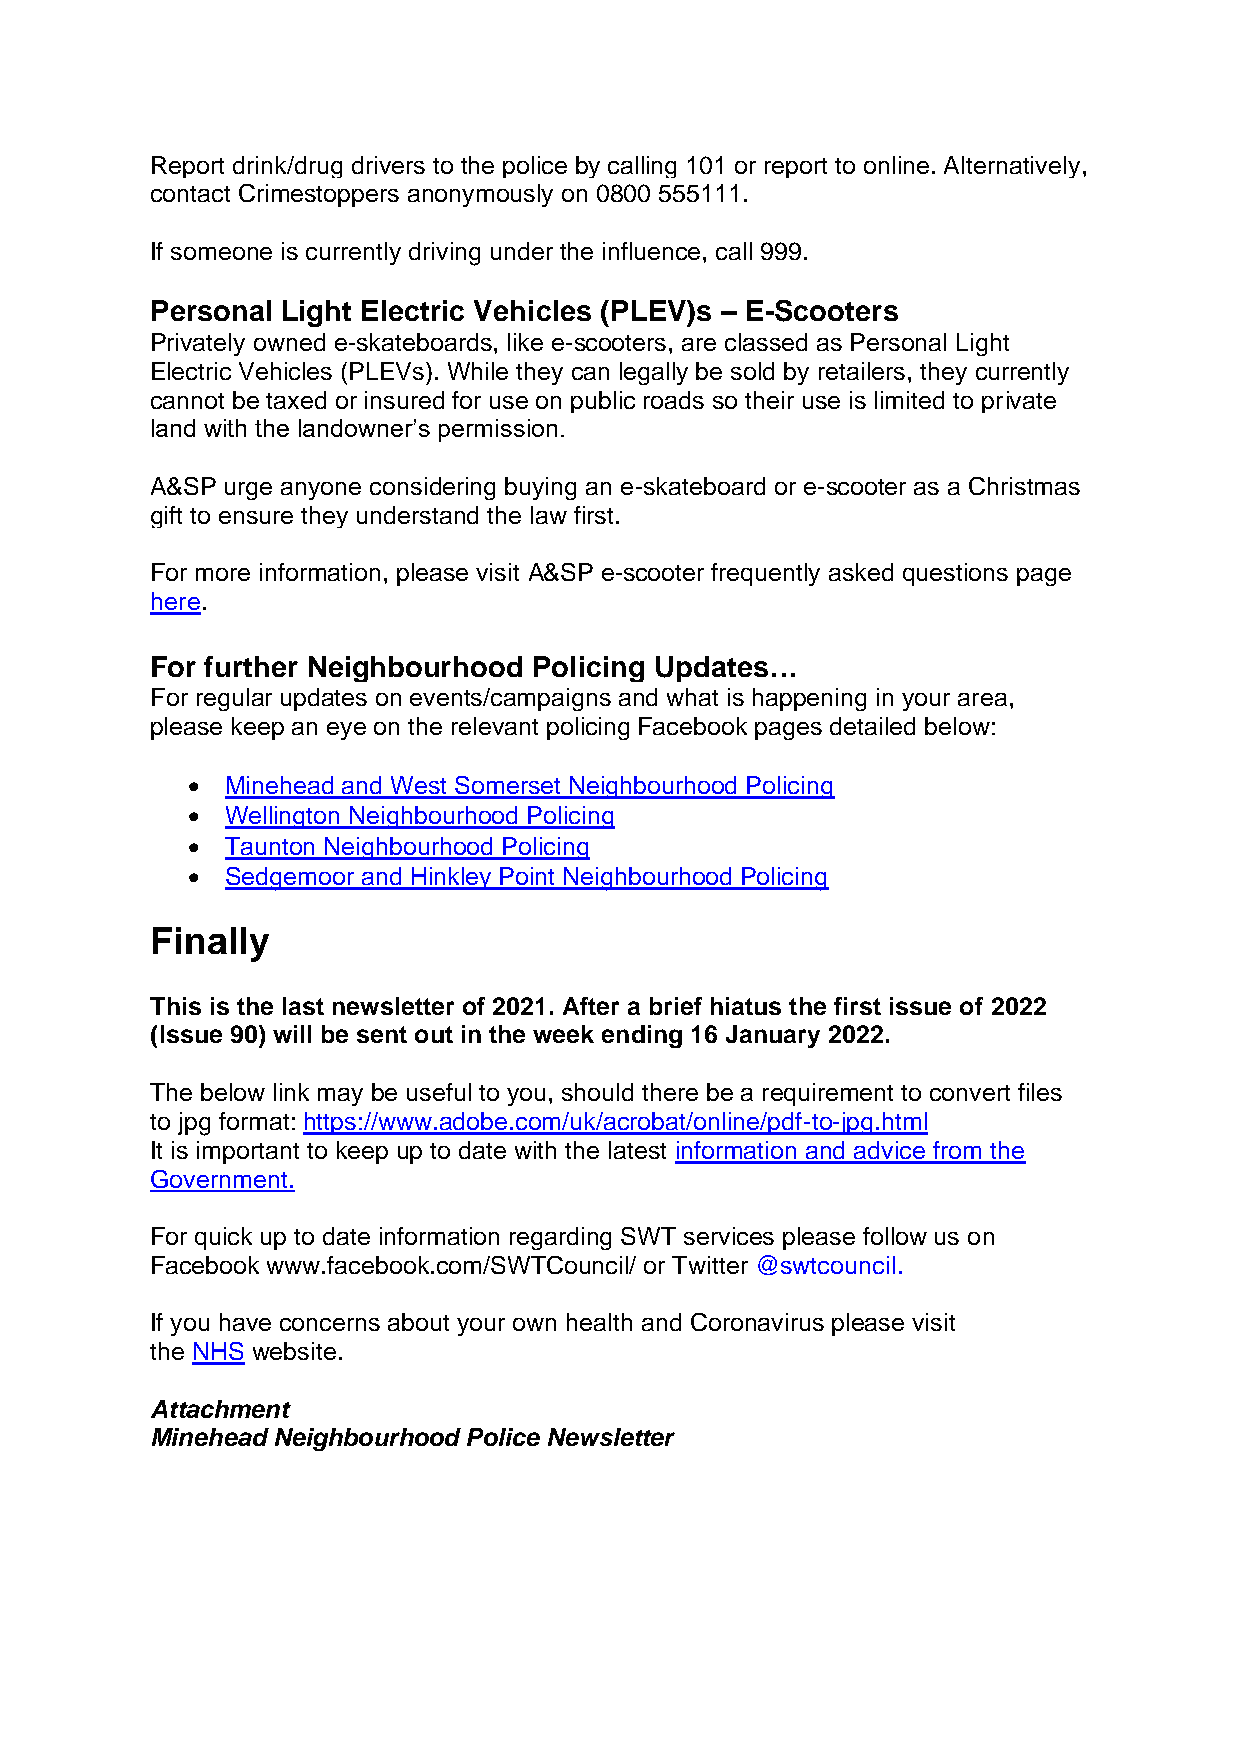
Report drink/drug drivers to the police by calling 101 or report to online. Alternatively,
 contact Crimestoppers anonymously on 0800 555111.
 If someone is currently driving under the influence, call 999.
 Personal Light Electric Vehicles (PLEV)s – E-Scooters
 Privately owned e-skateboards, like e-scooters, are classed as Personal Light
 Electric Vehicles (PLEVs). While they can legally be sold by retailers, they currently
 cannot be taxed or insured for use on public roads so their use is limited to private
 land with the landowner’s permission.
 A&SP urge anyone considering buying an e-skateboard or e-scooter as a Christmas
 gift to ensure they understand the law first.
 For more information, please visit A&SP e-scooter frequently asked questions page
 here.
 For further Neighbourhood Policing Updates…
 For regular updates on events/campaigns and what is happening in your area,
 please keep an eye on the relevant policing Facebook pages detailed below:
 •  Minehead and West Somerset Neighbourhood Policing
 •  Wellington Neighbourhood Policing
 •  Taunton Neighbourhood Policing
 •  Sedgemoor and Hinkley Point Neighbourhood Policing
 Finally
 This is the last newsletter of 2021. After a brief hiatus the first issue of 2022
 (Issue 90) will be sent out in the week ending 16 January 2022.
 The below link may be useful to you, should there be a requirement to convert files
 to jpg format: https://www.adobe.com/uk/acrobat/online/pdf-to-jpg.html
 It is important to keep up to date with the latest information and advice from the
 Government.
 For quick up to date information regarding SWT services please follow us on
 Facebook www.facebook.com/SWTCouncil/ or Twitter @swtcouncil.
 If you have concerns about your own health and Coronavirus please visit
 the NHS website.
 Attachment
 Minehead Neighbourhood Police Newsletter